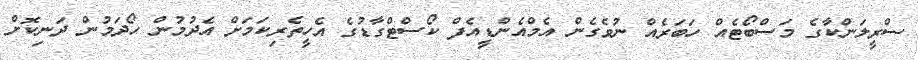
ސްރީލަންކާގެ މަސްބޯޓެއް ހަބަރެއް ނުވެގެން އެމްއެންޑީއެފް ކޯސްޓްގާޑުގެ އެހީތެރިކަމަށް އެދުމުން ހޯދަމުން ދަނިކޮށް